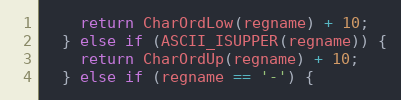
Language: C
    return CharOrdLow(regname) + 10;
  } else if (ASCII_ISUPPER(regname)) {
    return CharOrdUp(regname) + 10;
  } else if (regname == '-') {